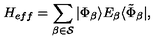
{ H _ { e f f } } = \sum _ { \beta \in { \cal S } } | \Phi _ { \beta } \rangle E _ { \beta } \langle \tilde { \Phi } _ { \beta } | ,